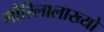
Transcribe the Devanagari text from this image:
गौरिलालाख्यो